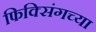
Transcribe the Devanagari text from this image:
फिक्सिंगच्या